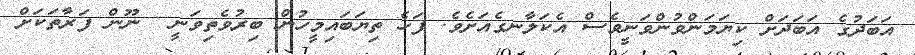
އަބަދުގެ އަބަދަށް ކިޔަމަންވުންވަނީވެސް އެކަލާނގެއަށެވެ. ފަހެ ތިޔަބައިމީހުން ބިރުވެތިވަނީ  ނޫން ފަރާތަކަށް